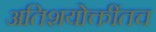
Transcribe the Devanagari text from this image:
अतिशयोक्तींतच